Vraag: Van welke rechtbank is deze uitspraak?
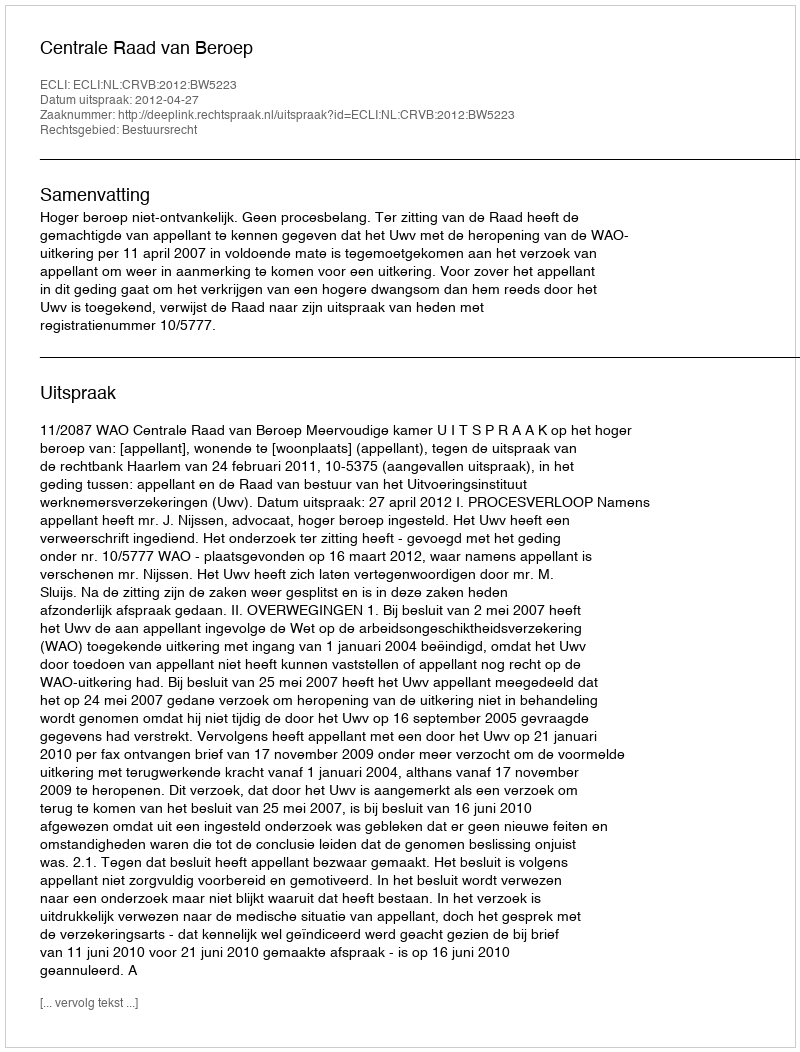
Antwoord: Centrale Raad van Beroep